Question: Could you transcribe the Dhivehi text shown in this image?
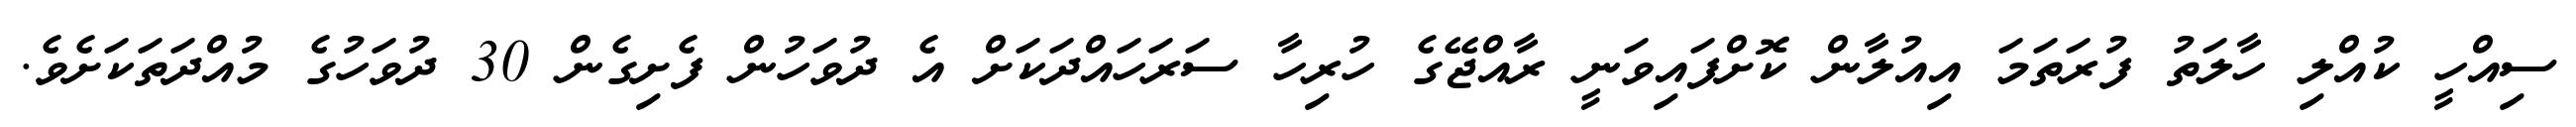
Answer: ސިއްހީ ކުއްލި ހާލަތު ފުރަތަމަ އިއުލާން ކޮށްފައިވަނީ ރާއްޖޭގެ ހުރިހާ ސަރަހައްދަކަށް އެ ދުވަހުން ފެށިގެން 30 ދުވަހުގެ މުއްދަތަކަށެވެ.